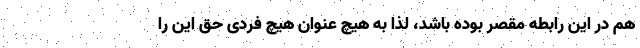
هم در این رابطه مقصر بوده باشد، لذا به هیچ عنوان هیچ فردی حق این را